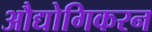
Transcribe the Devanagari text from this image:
औद्योगिकरन